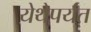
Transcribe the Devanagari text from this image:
येथेपर्यंत